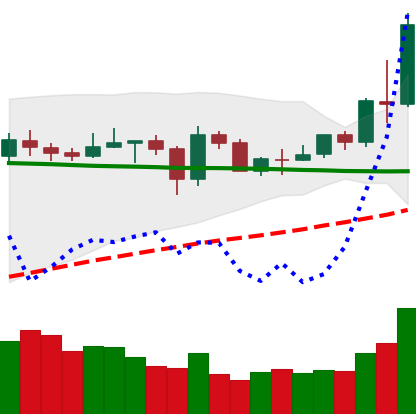
Ticker: NEO-USD
Chart end date: 2020-06-01
Forward return: -5.088%
Label: down_5_7